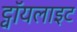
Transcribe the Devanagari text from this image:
ट्वॉयलाइट